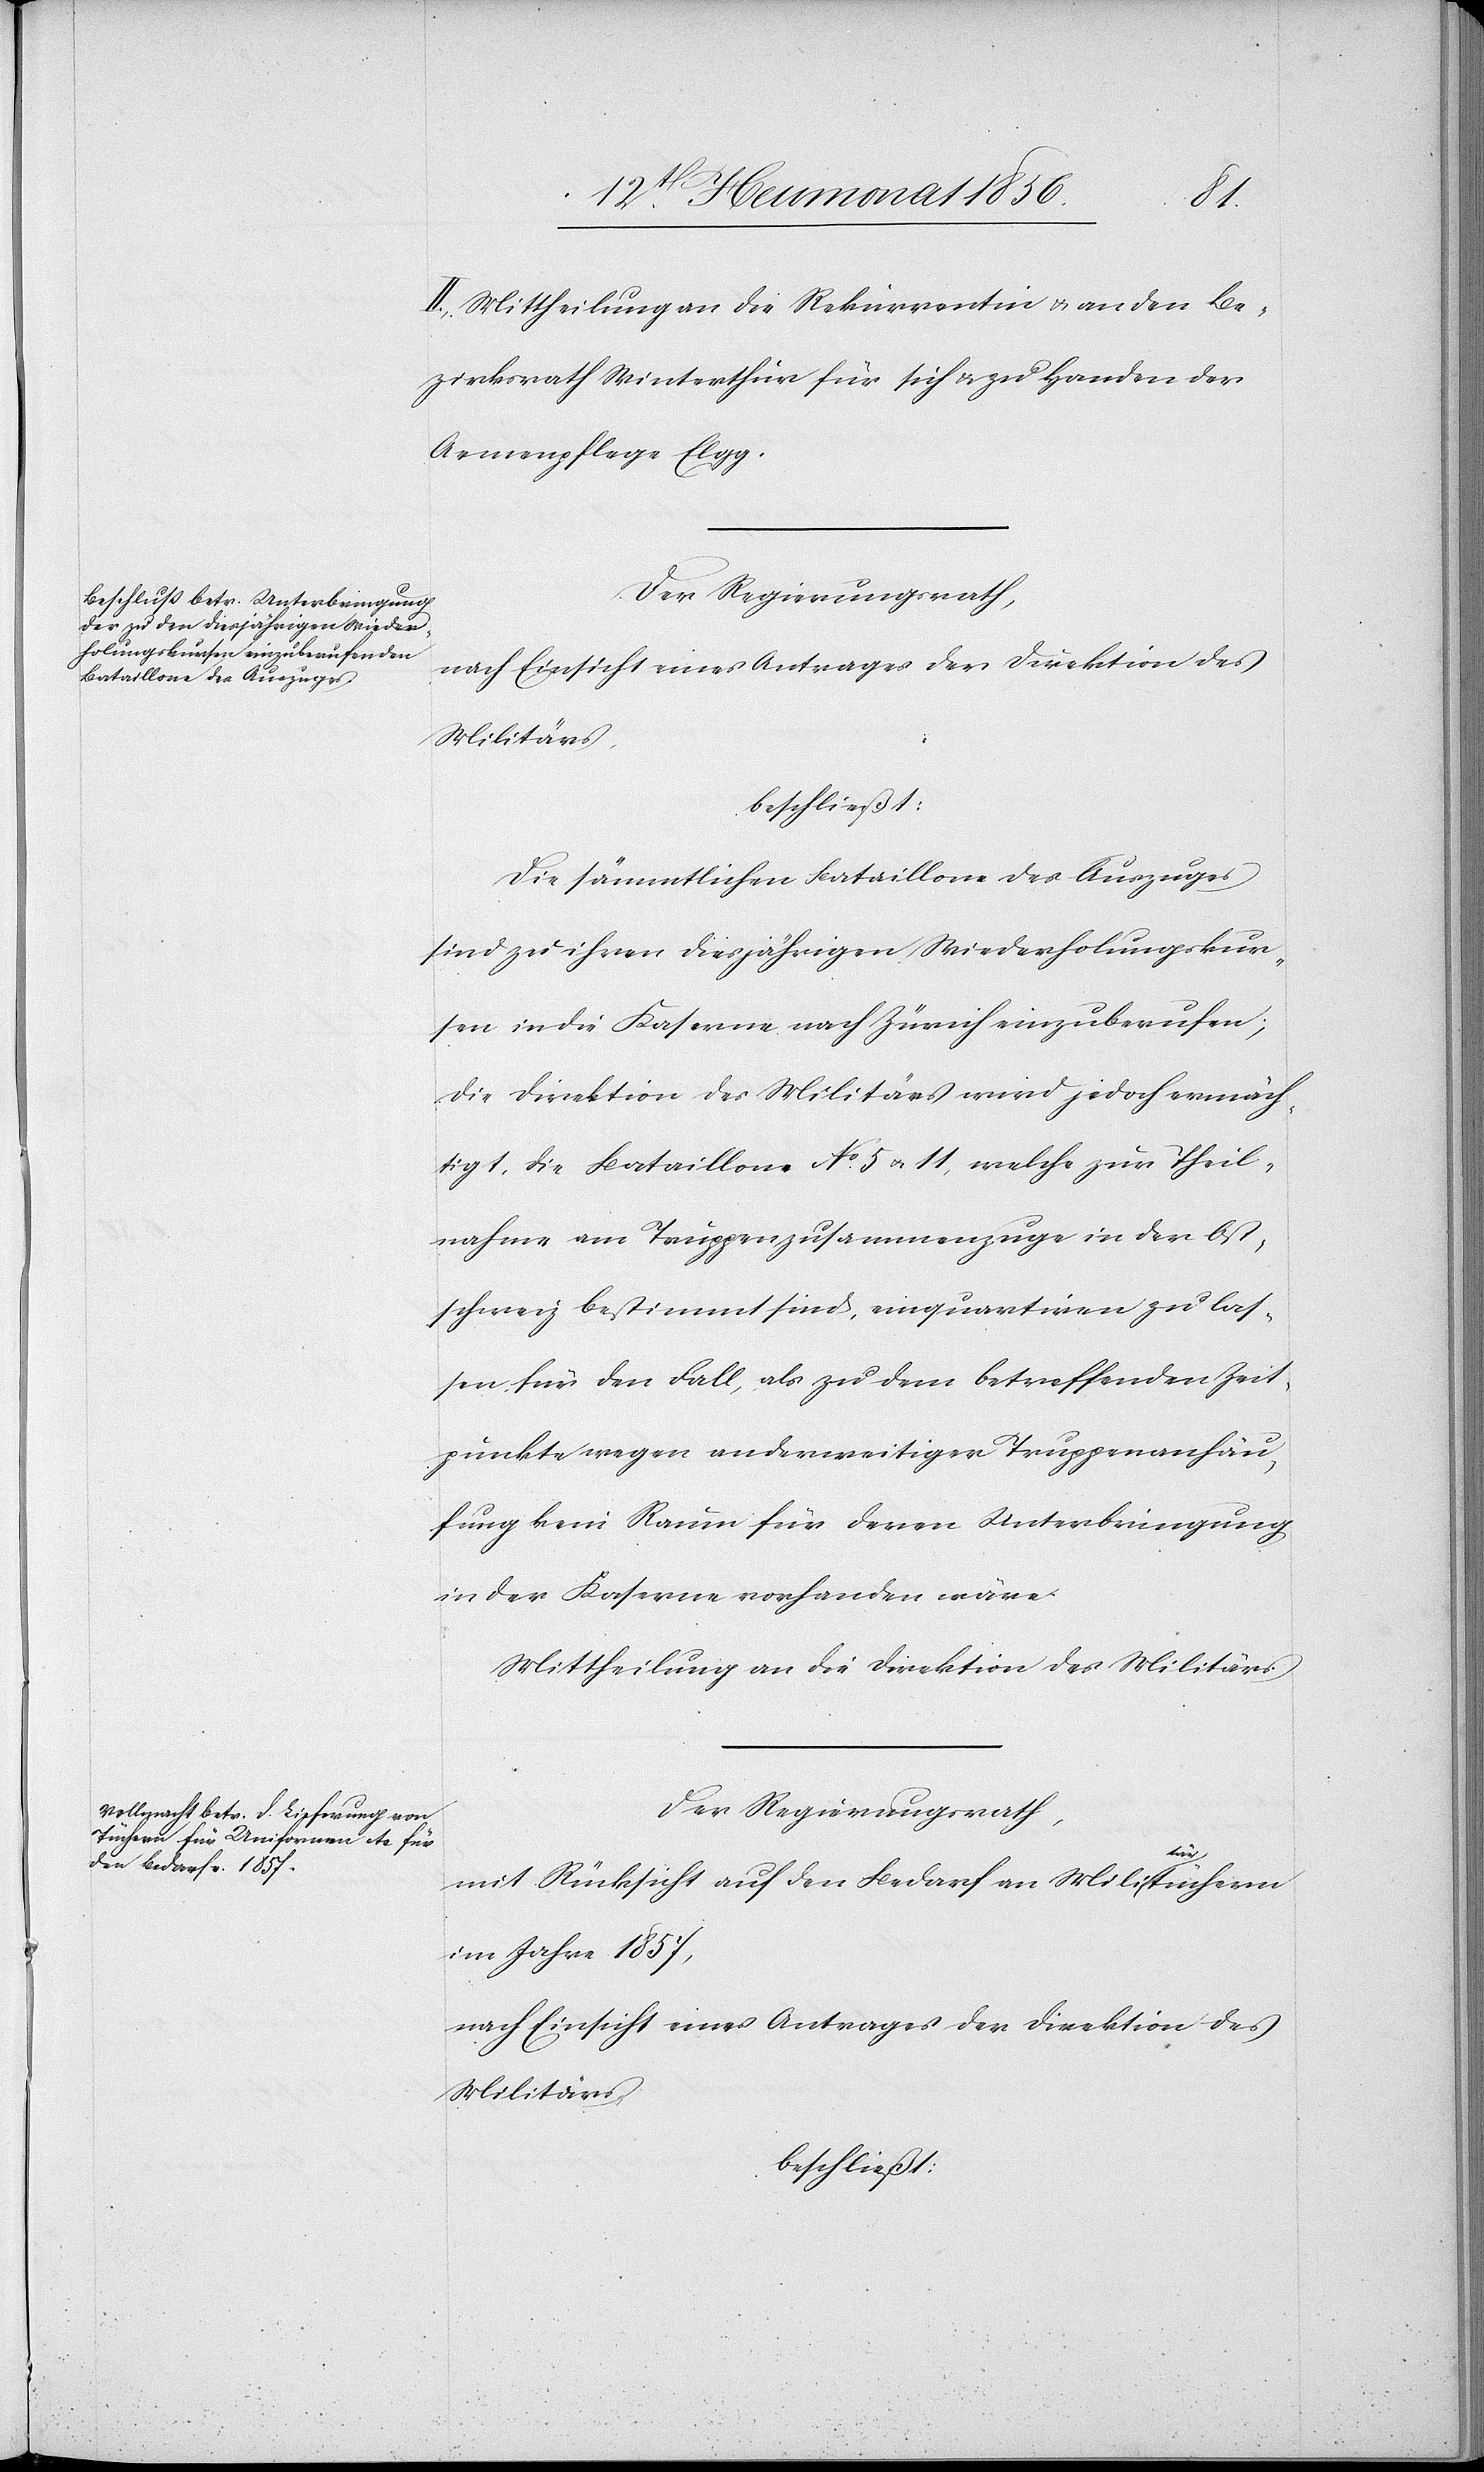
II. Mittheilung an die Rekurrentin & an den Be¬
zirksrath Winterthur für sich & zu Handen der
Armenpflege Elgg.
Der Regierungsrath,
nach Einsicht eines Antrages der Direktion des
Militärs,
beschließt:
Die sämmtlichen Bataillone des Auszuges
sind zu ihren diesjährigen Wiederholungskur¬
sen in die Kaserne nach Zürich einzuberufen;
die Direktion des Militärs wird jedoch ermäch¬
tigt, die Bataillone No 5 u. 11, welche zur Theil¬
nahme am Truppenzusammenzuge in der Ost¬
schweiz bestimmt sind, einquartiren zu lass¬
en für den Fall, als zu dem betreffenden Zeit¬
punkte wegen anderweitiger Truppenanhäu¬
fung kein Raum für deren Unterbringung
in der Kaserne vorhanden wäre.
Mittheilung an die Direktion des Militärs.
Der Regierungsrath,
mit Rücksicht auf den Bedarf an Militärtüchern
im Jahre 1857,
nach Einsicht eines Antrages der Direktion des
Militärs,
beschließt: